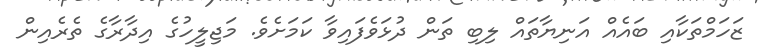
ޒަހަމްތަކާއި ބައެއް އަނިޔާތައް ލިބި ތަން ދުޅަވެފައިވާ ކަމަށެވެ. މަޖިލީހުގެ އިދާރާގެ ތެރެއިން